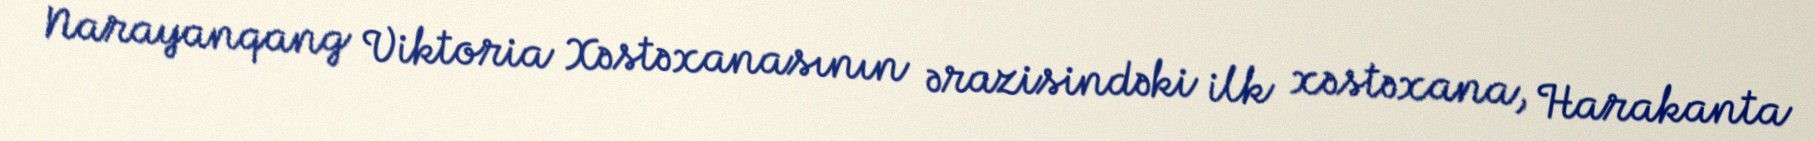
Narayanqang Viktoria Xəstəxanasının ərazisindəki ilk xəstəxana, Harakanta